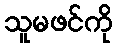
သူမဖင်ကို